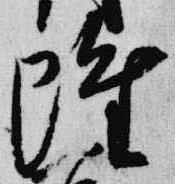
雖